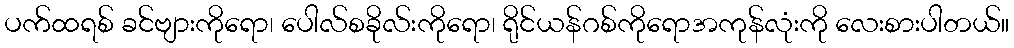
ပက်ထရစ် ခင်ဗျားကိုရော၊ ပေါလ်စခိုလ်းကိုရော၊ ရိုင်ယန်ဂစ်ကိုရောအကုန်လုံးကို လေးစားပါတယ်။